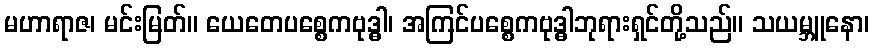
မဟာရာဇ၊ မင်းမြတ်။ ယေတေပစ္စေကဗုဒ္ဓါ၊ အကြင်ပစ္စေကဗုဒ္ဓါဘုရားရှင်တို့သည်။ သယမ္ဘူနော၊